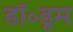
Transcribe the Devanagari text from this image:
डॉ॰डूम